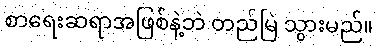
စာရေးဆရာအဖြစ်နဲ့ဘဲ တည်မြဲ သွားမည်။